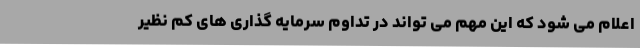
اعلام می شود که این مهم می تواند در تداوم سرمایه گذاری های کم نظیر